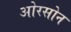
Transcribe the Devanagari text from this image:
ओरसोन